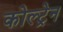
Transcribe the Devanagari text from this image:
कोल्ट्रेन